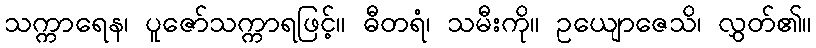
သက္ကာရေန၊ ပူဇော်သက္ကာရဖြင့်။ ဓီတရံ၊ သမီးကို။ ဥယျောဇေသိ၊ လွှတ်၏။